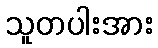
သူတပါးအား